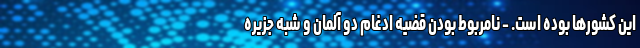
این کشورها بوده است. - نامربوط بودن قضیه ادغام دو آلمان و شبه جزیره